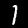
Digit: 1